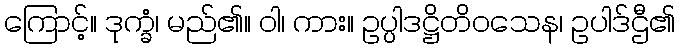
ကြောင့်။ ဒုက္ခံ၊ မည်၏။ ဝါ၊ ကား။ ဥပ္ပါဒဋ္ဌိတိဝသေန၊ ဥပါဒ်ဌီ၏